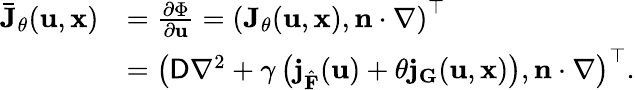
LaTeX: \begin{array}{rl}{\mathbf{\bar{J}}_{\theta}(\mathbf{u},\mathbf{x})}&{=\frac{\partial\Phi}{\partial\mathbf{u}}=\left(\mathbf{J}_{\theta}(\mathbf{u},\mathbf{x}),\mathbf{n}\cdot\nabla\right)^{\top}}\\ &{=\left(\mathsf{D}\nabla^{2}+\gamma\left(\mathbf{j}_{\hat{\mathbf{F}}}(\mathbf{u})+\theta\mathbf{j}_{\mathbf{G}}(\mathbf{u},\mathbf{x})\right),\mathbf{n}\cdot\nabla\right)^{\top}.}\end{array}